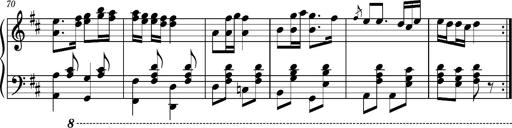
Title: Ungarischer Romanzero
Composer: Franz Liszt